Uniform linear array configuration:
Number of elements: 48
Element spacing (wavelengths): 0.5
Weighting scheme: cosine
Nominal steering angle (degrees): -45
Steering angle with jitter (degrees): -45.088
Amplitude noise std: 0.05
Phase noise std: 0.05

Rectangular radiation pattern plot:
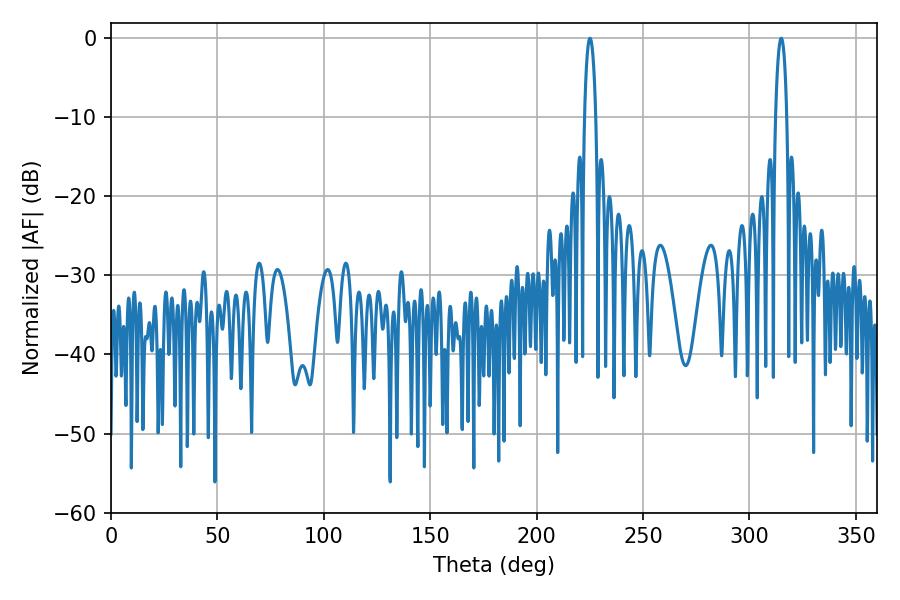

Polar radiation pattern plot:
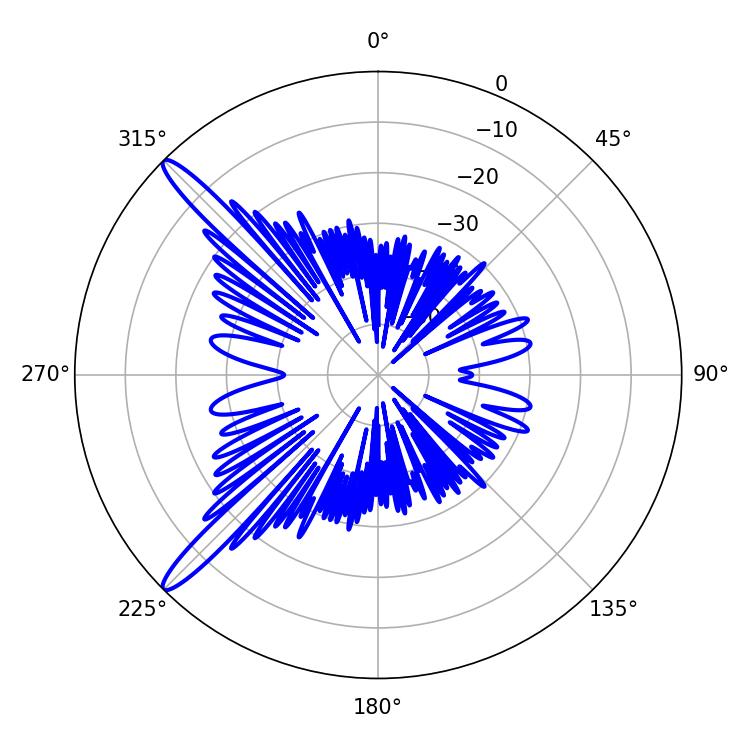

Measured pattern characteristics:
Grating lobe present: FALSE
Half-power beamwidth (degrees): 3.06
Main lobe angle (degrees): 225